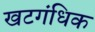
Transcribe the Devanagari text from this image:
खटगंधिक